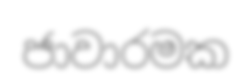
ජාවාරමක